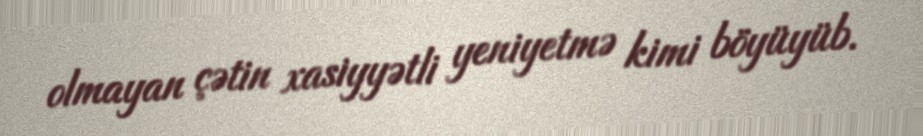
olmayan çətin xasiyyətli yeniyetmə kimi böyüyüb.